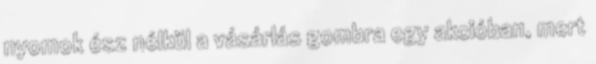
nyomok ész nélkül a vásárlás gombra egy akcióban, mert